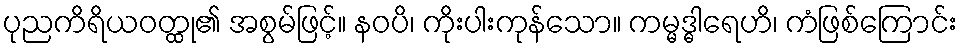
ပုညကိရိယဝတ္ထု၏ အစွမ်ဖြင့်။ နဝပိ၊ ကိုးပါးကုန်သော။ ကမ္မဒ္ဓါရေဟိ၊ ကံဖြစ်ကြောင်း